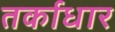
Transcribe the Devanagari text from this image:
तर्काधार